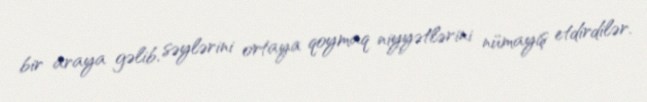
bir araya gəlib, səylərini ortaya qoymaq niyyətlərini nümayiş etdirdilər.